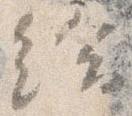
給